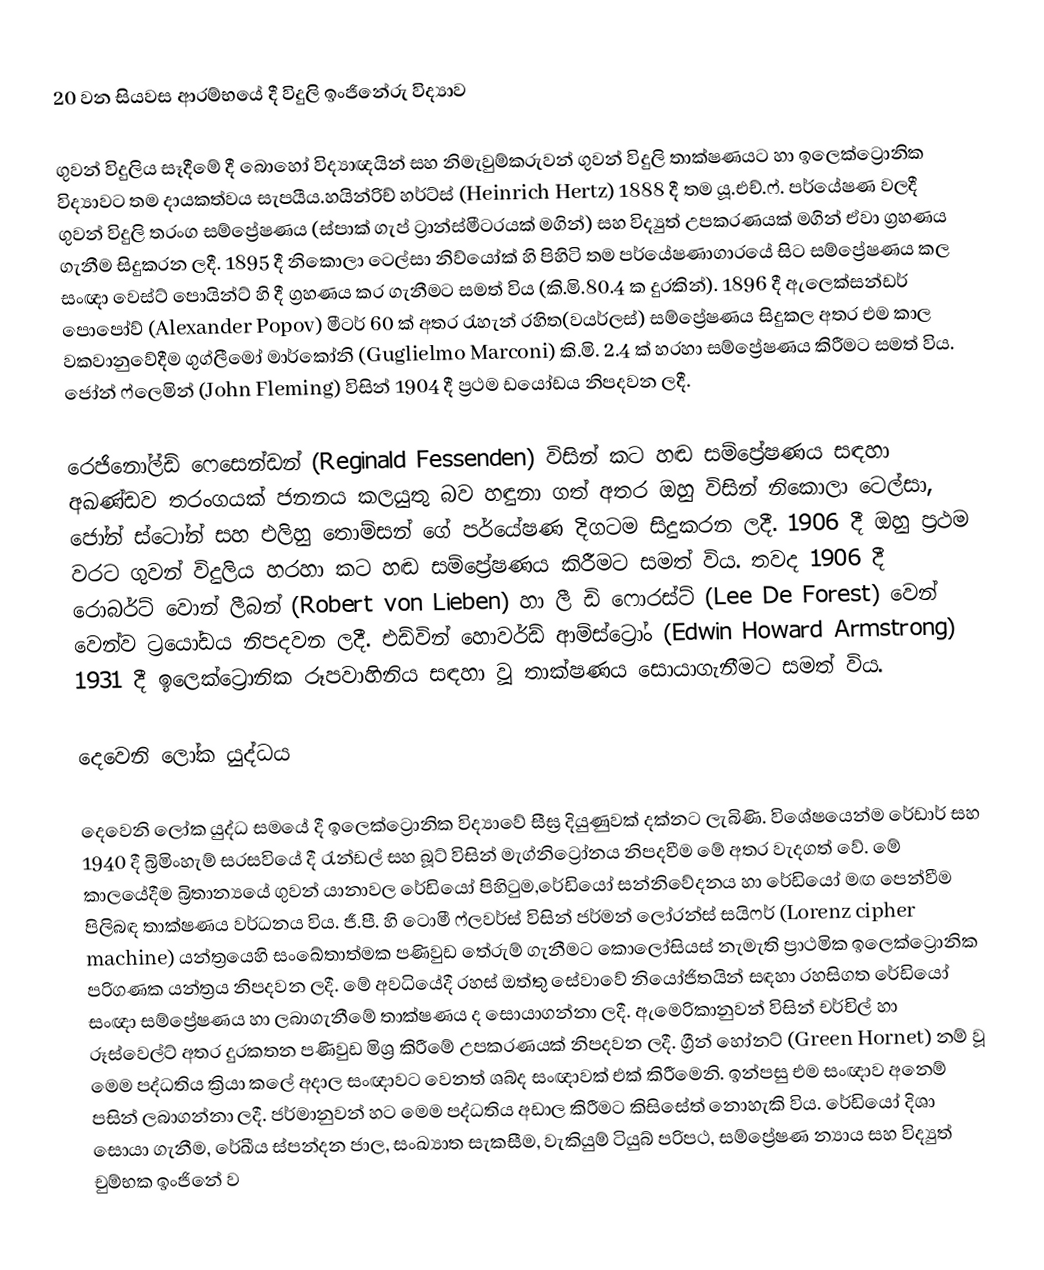
20 වන සියවස ආරම්භයේ දී විදුලි ඉංජිනේරු විද්‍යාව

ගුවන් විදුලිය සෑදීමේ දී බොහෝ විද්‍යාඥයින් සහ නිමැවුම්කරුවන් ගුවන් විදුලි තාක්ෂණයට හා ඉලෙක්ට්‍රොනික විද්‍යාවට තම දායකත්වය සැපයීය.හයින්‍රිච් හර්ට්ස් (Heinrich Hertz) 1888 දී තම යූ.එච්.ෆ්. පර්යේෂණ වලදී ගුවන් විදුලි තරංග සම්ප්‍රේෂණය (ස්පාක් ගැප් ට්‍රාන්ස්මීටරයක් මගින්) සහ විද්‍යුත් උපකරණයක් මගින් ඒවා ග්‍රහණය ගැනීම සිදුකරන ලදී. 1895 දී නිකොලා ටෙල්සා නිව්යෝක් හි පිහිටි තම පර්යේෂණාගාරයේ සිට සම්ප්‍රේෂණය කල සංඥා වෙස්ට් පොයින්ට් හි දී ග්‍රහණය කර ගැනීමට සමත් විය (කි.මි.80.4 ක දුරකින්). 1896 දී ඇලෙක්සන්ඩර් පොපෝව් (Alexander Popov) මීටර් 60 ක් අතර රැහැන් රහිත(වයර්ලස්) සම්ප්‍රේෂණය සිදුකල අතර එම කාල වකවානුවේදීම ගුග්ලීමෝ මාර්කෝනි (Guglielmo Marconi) කි.මි. 2.4 ක් හරහා සම්ප්‍රේෂණය කිරීමට සමත් විය. ජෝන් ෆ්ලෙමින් (John Fleming) විසින් 1904 දී ප්‍රථම ඩයෝඩය නිපදවන ලදී.

රෙජිනෝල්ඩ් ෆෙසෙන්ඩන් (Reginald Fessenden) විසින් කට හඬ සම්ප්‍රේෂණය සඳහා අඛණ්ඩව තරංගයක් ජනනය කලයුතු බව හඳුනා ගත් අතර ඔහු විසින් නිකොලා ටෙල්සා, ජෝන් ස්ටෝන් සහ එලිහු තොම්සන් ගේ පර්යේෂණ දිගටම සිදුකරන ලදී. 1906 දී ඔහු ප්‍රථම වරට ගුවන් විදුලිය හරහා කට හඬ සම්ප්‍රේෂණය කිරීමට සමත් විය. තවද 1906 දී රොබර්ට් වොන් ලීබන් (Robert von Lieben) හා ලී ඩි ෆොරස්ට් (Lee De Forest) වෙන් වෙන්ව ට්‍රයෝඩය නිපදවන ලදී. එඩ්වින් හොවර්ඩ් ආම්ස්ට්‍රෝං (Edwin Howard Armstrong) 1931 දී ඉලෙක්ට්‍රොනික රූපවාහිනිය සඳහා වූ තාක්ෂණය සොයාගැනීමට සමත් විය.

දෙවෙනි ලෝක යුද්ධය

දෙවෙනි ලෝක යුද්ධ සමයේ දී ඉලෙක්ට්‍රොනික විද්‍යාවේ සීඝ්‍ර දියුණුවක් දක්නට ලැබිණි. විශේෂයෙන්ම රේඩාර් සහ 1940 දී බ්‍රිමිංහැම් සරසවියේ දී රැන්ඩල් සහ බූට් විසින් මැග්නිට්‍රෝනය නිපදවීම මේ අතර වැදගත් වේ. මේ කාලයේදීම බ්‍රිතාන්‍යයේ ගුවන් යානාවල රේඩියෝ පිහිටුම,රේඩියෝ සන්නිවේදනය හා රේඩියෝ මඟ පෙන්වීම පිලිබඳ තාක්ෂණය වර්ධනය විය. ජී.පී. හි ටොමී ෆ්ලවර්ස් විසින් ජර්මන් ලෝරන්ස් සයිෆර් (Lorenz cipher machine) යන්ත්‍රයෙහි සංඛේතාත්මක පණිවුඩ තේරුම් ගැනීමට කොලෝසියස් නැමැති ප්‍රාථමික ඉලෙක්ට්‍රොනික පරිගණක යන්ත්‍රය නිපදවන ලදී. මේ අවධියේදී රහස් ඔත්තු සේවාවේ නියෝජිතයින් සඳහා රහසිගත රේඩියෝ සංඥා සම්ප්‍රේෂණය හා ලබාගැනීමේ තාක්ෂණය ද සොයාගන්නා ලදී. ඇමෙරිකානුවන් විසින් චර්චිල් හා රූස්වෙල්ට් අතර දුරකතන පණිවුඩ මිශ්‍ර කිරීමේ උපකරණයක් නිපදවන ලදී. ග්‍රීන් හෝනට් (Green Hornet) නම් වූ මෙම පද්ධතිය ක්‍රියා කලේ අදාල සංඥාවට වෙනත් ශබ්ද සංඥාවක් එක් කිරීමෙනි. ඉන්පසු එම සංඥාව අනෙම් පසින් ලබාගන්නා ලදී. ජර්මානුවන් හට මෙම  පද්ධතිය අඩාල කිරීමට කිසිසේත් නොහැකි විය.  රේඩියෝ දිශා සොයා ගැනීම, රේඛීය ස්පන්දන ජාල, සංඛ්‍යාත සැකසීම, වැකියුම් ටියුබ් පරිපථ, සම්ප්‍රේෂණ න්‍යාය සහ විද්‍යුත් චුම්භක ඉංජිනේ ව